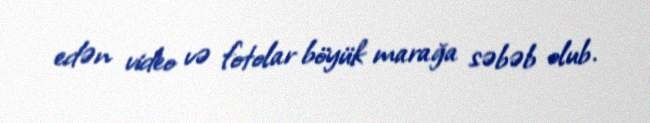
edən video və fotolar böyük marağa səbəb olub.